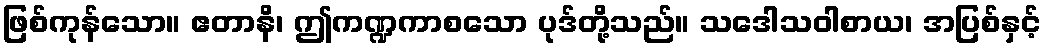
ဖြစ်ကုန်သော။ ဧတာနိ၊ ဤကဏ္ဍကာစသော ပုဒ်တို့သည်။ သဒေါသဝါစာယ၊ အပြစ်နှင့်